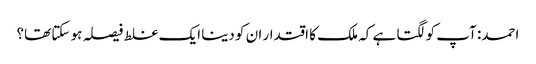
احمد: آپ کو لگتا ہے کہ ملک کا اقتدار ان کو دینا ایک غلط فیصلہ ہو سکتا تھا؟